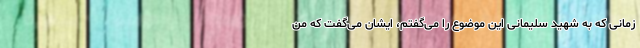
زمانی که به شهید سلیمانی این موضوع را می‌گفتم، ایشان می‌گفت که من